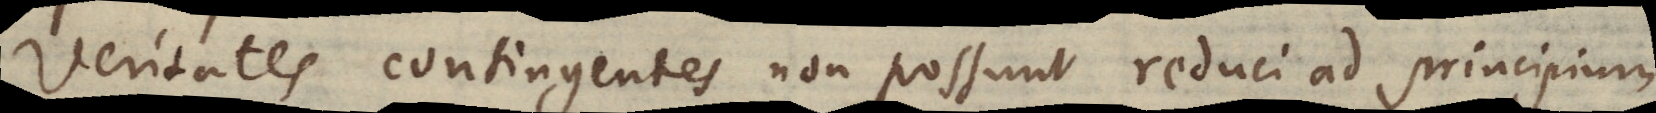
Veritates contingentes non possunt reduci ad principium